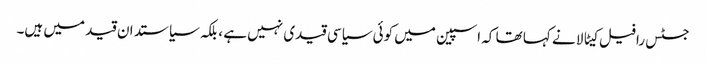
جسٹس رافیل کیٹالا نے کہا تھا کہ اسپین میں کوئی سیاسی قیدی نہیں ہے ، بلکہ سیاستدان قید میں ہیں۔